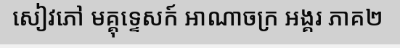
សៀវភៅ មគ្គុទ្ទេសក៍ អាណាចក្រ អង្គរ ភាគ២